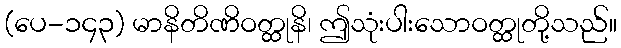
(ပေ-၁၄၃) မာနိတိဏိဝတ္ထုနိ၊ ဤသုံးပါးသောဝတ္ထုတို့သည်။